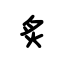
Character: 炙